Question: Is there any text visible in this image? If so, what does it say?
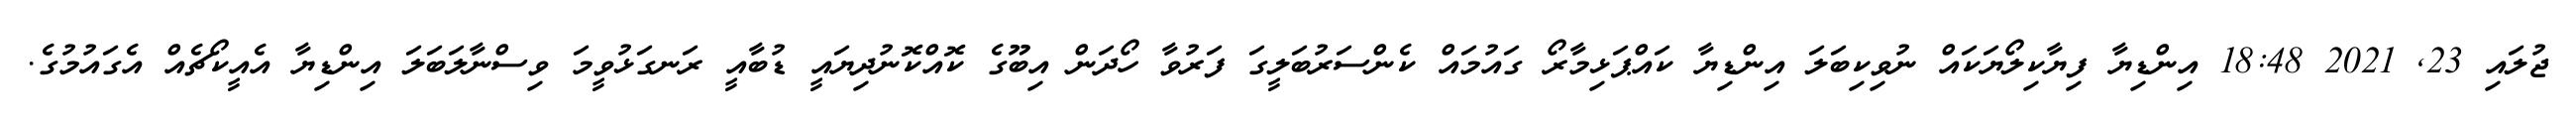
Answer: ޖުލައި 23, 2021 18:48 އިންޑިޔާ ފިޔާކިލޯޔަކައް ނުވިކިބަލަ އިންޑިޔާ ކައްޕަޅިމާރޯ ގައުމައް ކެންސަރުބަލީގަ ފަރުވާ ހޯދަން އިބޫގެ ކޮއްކޮނުދިޔައީ ޑުބާއީ ރަނގަޅުވީމަ ވިސްނާލަބަލަ އިންޑިޔާ އެއީކޯޗެއް އެގައުމުގެ.